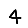
Digit: 4